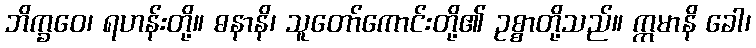
ဘိက္ခဝေ၊ ရဟန်းတို့။ ဓနာနိ၊ သူတော်ကောင်းတို့၏ ဥစ္စာတို့သည်။ ဣမာနိ ခေါ၊